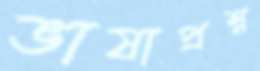
ভাষাপ্রশ্ন